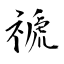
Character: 禠